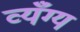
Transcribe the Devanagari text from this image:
व्यँग्य